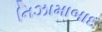
નિઝામાબાદ